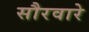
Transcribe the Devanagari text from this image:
सौरवारे